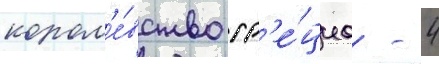
корол'е́вство гр'е́циа - 4